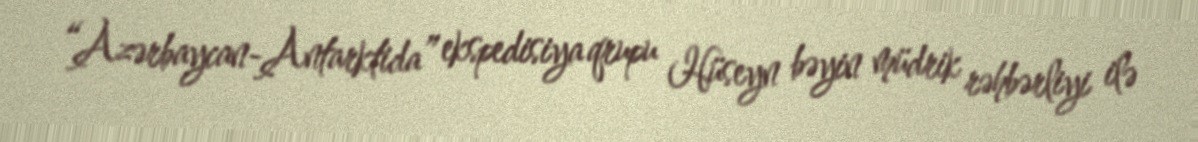
“Azərbaycan-Antarktida” ekspedisiya qrupu Hüseyn bəyin müdrik rəhbərliyi ilə